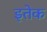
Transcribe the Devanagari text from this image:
इतेक